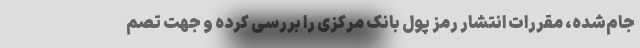
جام‌شده، مقررات انتشار رمز پول بانک مرکزی را بررسی کرده و جهت تصم